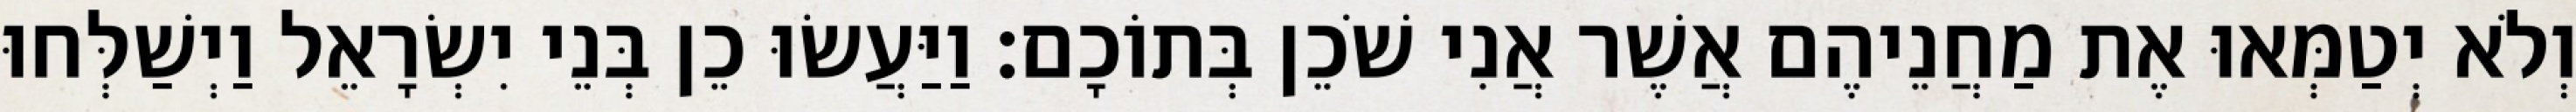
וְלֹא יְטַמְּאוּ אֶת מַחֲנֵיהֶם אֲשֶׁר אֲנִי שֹׁכֵן בְּתוֹכָם׃ וַיַּעֲשׂוּ כֵן בְּנֵי יִשְׂרָאֵל וַיְשַׁלְּחוּ